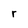
Character: r